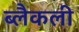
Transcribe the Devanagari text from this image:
ब्लैकली